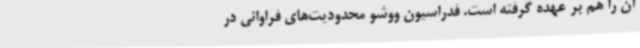
آن را هم بر عهده گرفته‌ است. فدراسیون ووشو محدودیت‌های فراوانی در